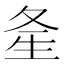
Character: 㚅